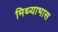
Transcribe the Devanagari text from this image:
मिथ्याभास